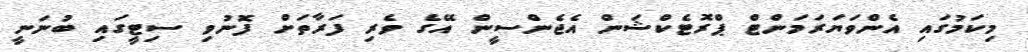
މިކަމުގައި އެންވަޔަރަމަންޓް ޕްރޮޓެކްޝަން އެޖެންސީން އޭގެ ވެރި ފަރާތަށް ފޮނުވި ސިޓީގައި ބުނަނީ